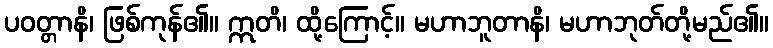
ပဝတ္တာနိ၊ ဖြစ်ကုန်၏။ ဣတိ၊ ထို့ကြောင့်။ မဟာဘူတာနိ၊ မဟာဘုတ်တို့မည်၏။